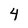
Character: 4